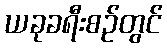
ယခုခရီးစဉ်တွင်